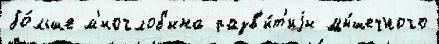
бо́льше м'иоглоб'ина разв'и́т'иjи мы́шечного